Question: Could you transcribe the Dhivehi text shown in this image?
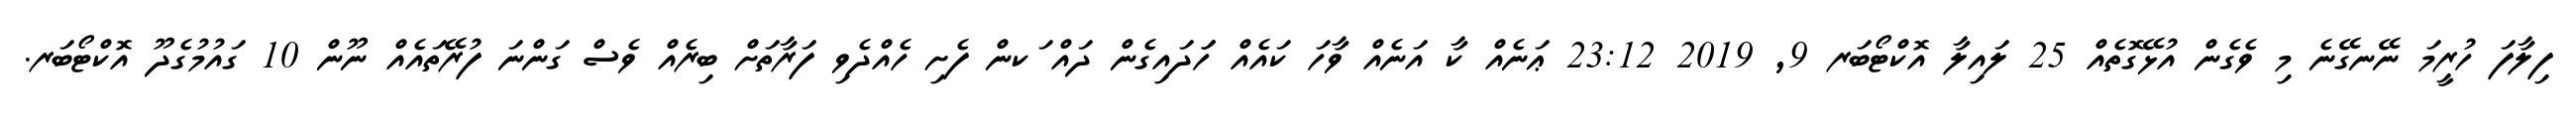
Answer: ފިލާފަ ހުރީމަ ނޭނގޭނެ މި ވެގެން އުޅޭގޮތެއް 25 ލައިލާ އޮކްޓޯބަރ 9, 2019 23:12 ޢަނެއް ކާ އަނެއް ވާހަ ކައެއް ހަަދައިގެން ދައް ަކން ފެށި ހެއްދެވި ފަރާތަށް ބިރެއް ވެސް ގަންނަ ފުރޭތައެއް ނޫން 10 ގައުމުގެދޫ އޮކްޓޯބަރ.